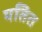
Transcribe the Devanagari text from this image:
यतित